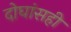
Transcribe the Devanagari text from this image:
दोघांसही